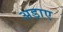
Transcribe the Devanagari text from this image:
अड़ाए